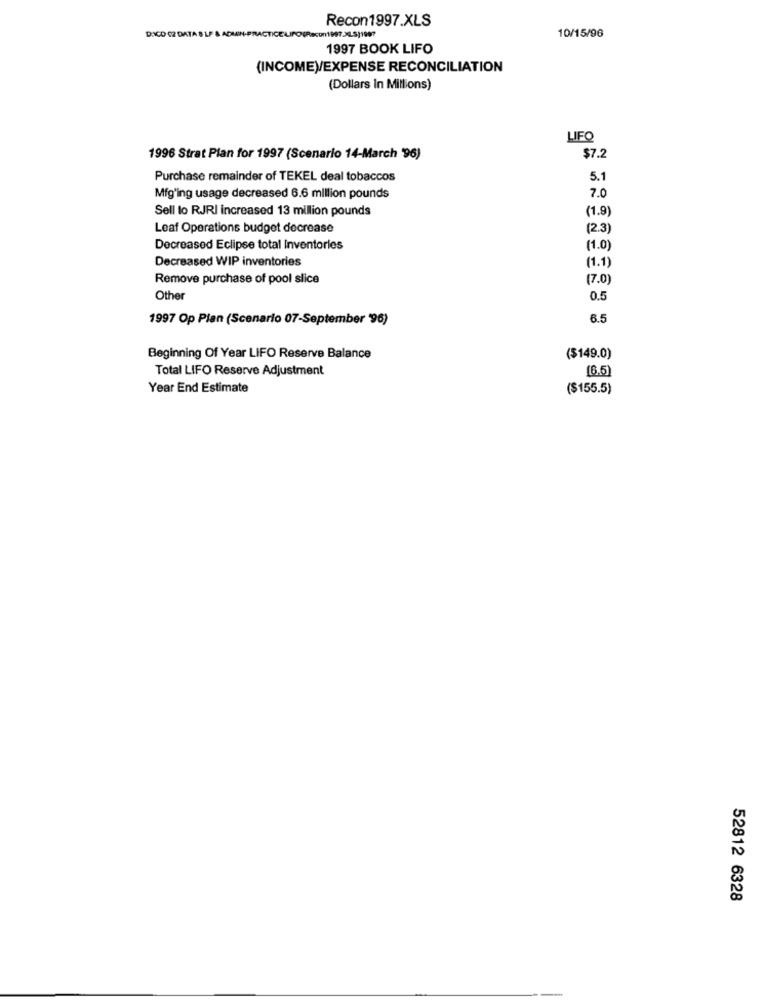
Recon1997.XLS
10/15/96
DICO 02 DATA 8 LF & ADMIN-PRACTICE LIPO(Recon1997.36.531997
1997 BOOK LIFO
(INCOMEV/EXPENSE RECONCILIATION
(Dollars in Millions)
LIFO
1996 Strat Plan for 1997 (Scenario 14-March '96)
$7.2
Purchase remainder of TEKEL deal tobaccos
5.1
7.0
Mfg'ing usage decreased 6.6 million pounds
Sell lo RJRI increased 13 million pounds
(1.9)
Leaf Operations budget decrease
(2.3)
Decreased Eclipse total Inventories
(1.0)
Decreased WIP inventories
(1.1)
Remove purchase of pool slice
(7.0)
Other
0.5
1997 Op Plan (Scenario 07-September '96)
6.5
Beginning Of Year LIFO Reserve Balance
($149.0)
Total LIFO Reserve Adjustment
(6.5)
Year End Estimate
($155.5)
52812 6328